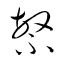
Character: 繁